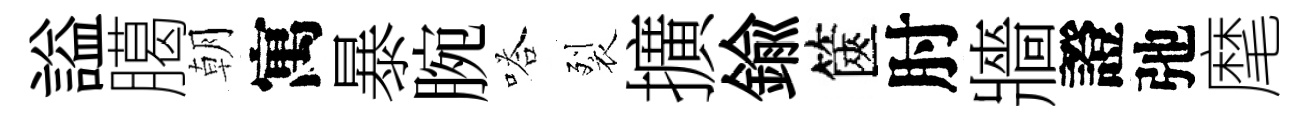
謚臈朝寓暴腕嗒裂擴鍮篋肘牆證弛麾